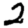
Digit: 2